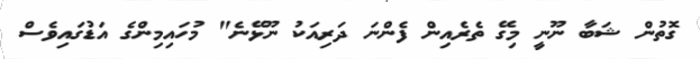
ގޮތުން ޝަބާ ނޫނީ މިގޭ ތެރެއިން ފެންނަ ދަރިއަކު ނޫޅޭނެ" މުހައިމިންގެ އަޑުގައިވެސް